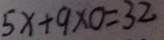
5 x + 9 \times 0 = 3 2